Annual administration report of the Civil Veterinary Department of India - 1895-1896
Year: 1895
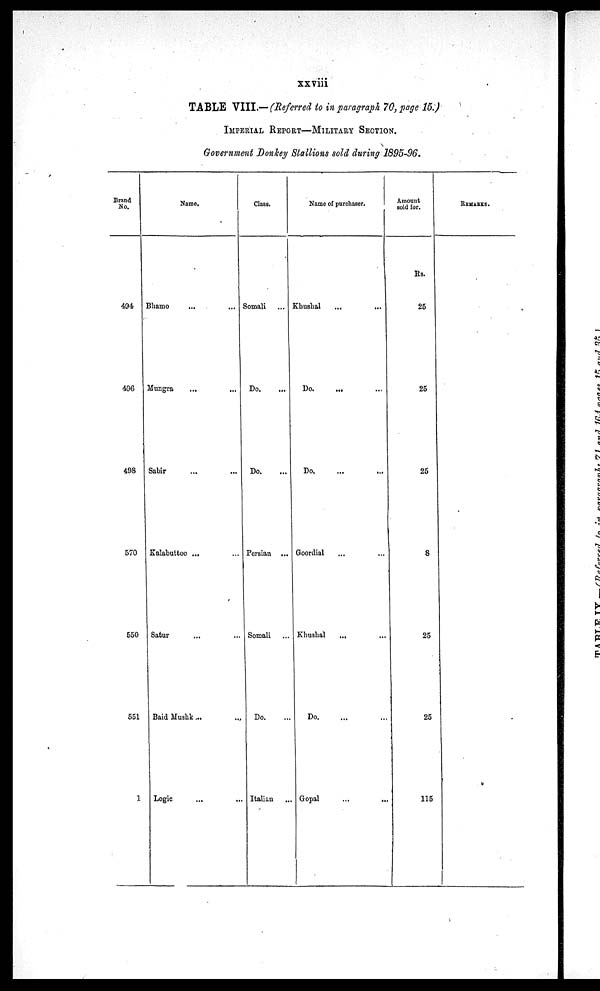
xxviii
TABLE VIII.—(Referred to in paragraph 70, page 15.)
IMPERIAL REPORT—MILITARY SECTION.
Government Donkey Stallions sold during 1895-96.
Brand
No.
494
496
498
570
550
551
1
Name.
Bhamo ... ...
Mungra ... ...
Sabir ... ...
Kalabuttoo ... ...
Satur ... ...
Baid Mushk ... ...
Logic
... ...
Class.
Somali...
Do. ...
Do. ...
Persian ...
Somali ...
Do. ...
Italian ...
Name of purchaser.
Khushal ... ...
Do. ... ...
Do. ... ...
Goordial ... ...
Khushal ... ...
Do. ... ...
Gopal ... ...
Amount
sold for.
Rs.
25
25
25
8
25
25
115
Rrmarks.